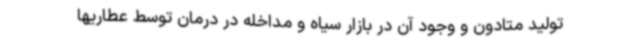
تولید متادون و وجود آن در بازار سیاه و مداخله در درمان توسط عطاریها